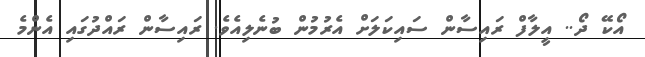
އޯކޭ ދޯ.. އީލާފް ރައިސާން ސައިކަލަށް އެރުމުން ބުނެލިއެވެ. ރައިސާން ރައްދުގައި އެންމެ